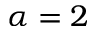
\alpha = 2